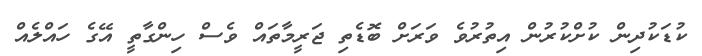
ކުޑަކުދިން ކުށްކުރުން އިތުރުވެ ވަރަށް ބޮޑެތި ޖަރީމާތައް ވެސް ހިންގާތީ އޭގެ ހައްލެއް